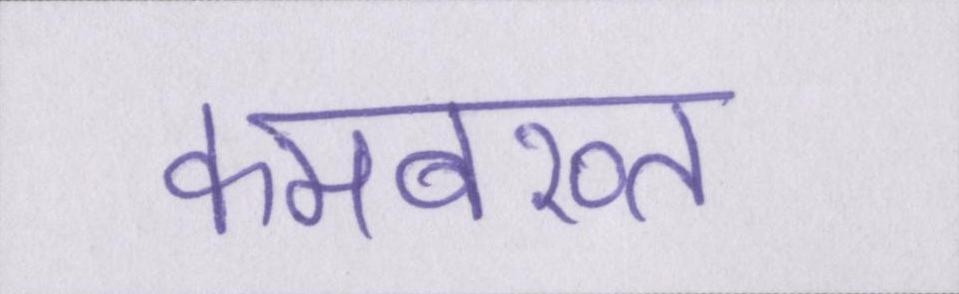
कमबख्त